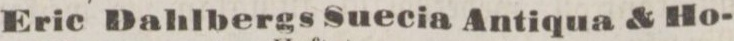
Eric Dahlbergs Suecia Antiqua & Ho-